Annual report of the Punjab Veterinary College and of the Civil Veterinary Department, Punjab - 1909-1919
Year: 1909
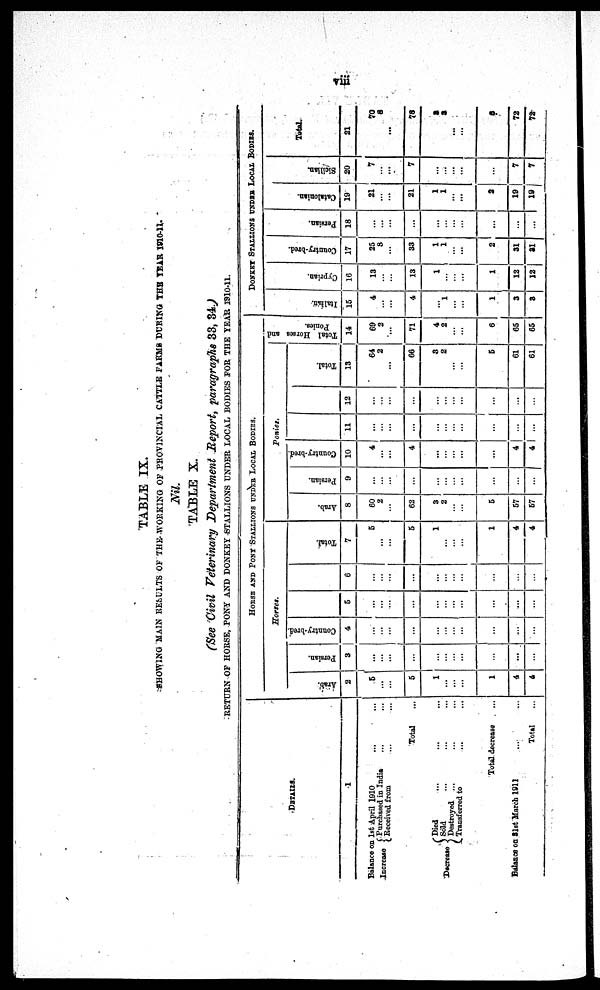
viii
TABLE IX.
SHOWING MAIN RESULTS OF THE WORKING OF PROVINCIAL CATTLE FARMS DURING THE YEAR 1910-11.
Nil.
TABLE X.
(See Civil Veterinary Department Report, paragraphs 33, 34.)
RETURN OF HORSE, PONY AND DONKEY STALLIONS UNDER LOCAL BODIES FOR THE YEAR 1910-11.
DETAILS.
1
Balance on 1st April 1910 ... ...
Increase
Purchased in India
...
...
Received from ... ...
Total ...
Decrease Sold ... ... ...
Died ... ... ...
Sold ... .... ...
Destroyed ... ... ...
Transferred to ... ...
Total decrease ...
Balance on 31 March 1911 ... ...
Total ...
HORSE AND PONY STALLIONS UNDER LOCAL BODIES.
Horses.
Arab.
2
5
...
...
5
1
...
...
...
1
4
4
Persian.
3
...
...
...
...
...
...
...
...
...
...
...
Country-bred.
4
...
...
...
...
...
...
...
...
...
...
...
5
...
...
...
...
...
...
...
...
...
...
...
6
...
...
...
...
...
...
..
...
...
...
...
Total.
7
5
...
5
1
...
...
...
1
4
4
Ponies.
Arab.
8
60
2
...
62
3
2
...
...
5
57
57
Persian.
9
...
...
...
...
...
...
...
...
...
...
Country-bred.
10
4
...
...
4
...
...
...
...
...
4
4
11
...
...
...
...
...
...
...
...
...
...
...
12
...
...
...
...
...
...
...
...
...
...
...
Total.
13
64
2
66
3
2
...
...
5
61
61
Total Horses and
Ponies.
14
69
2
71
4
2
...
...
6
65
65
DONKEY STALLIONS UNDER LOCAL BODIES.
I t al i an.
15
4
...
...
4
...
1
...
...
1
3
3
Cypr i
an.
16
13
...
...
13
1
...
...
...
1
12
12
Count r
y- br e d.
17
25
8
...
33
1
1
...
...
2
31
31
Per si an.
18
...
...
...
...
...
...
...
...
...
...
...
Cat al oni an.
19
21
...
...
21
1
1
...
...
2
19
19
Sicilian.
20
7
...
...
7
...
...
...
...
...
7
7
Total.
21
70
8
78
3
3
...
6
72
72